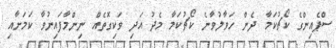
ސްޕެއިންގެ ކޯޗުކަމާ ދެން ހަވާލުވާނެ ކޯޗުކަމާ މެދު އަދި ވަކިގޮތެއް ނިންމާފައިނުވާ ކަމަށާއި